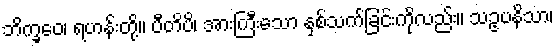
ဘိက္ခဝေ၊ ရဟန်းတို့။ ပီတိပိ၊ အားကြီးသော နှစ်သက်ခြင်းကိုလည်း။ သဥပနိသာ၊